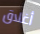
أغلاق